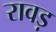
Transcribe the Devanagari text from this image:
रावड़